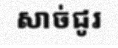
សាច់ជូរ